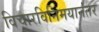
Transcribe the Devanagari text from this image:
विचारविनिमयानंतर